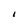
Character: 1